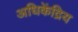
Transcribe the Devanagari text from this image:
अधिकेंद्रिय